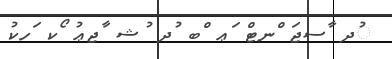
ުދ ާސޖަ ްނޓް ަޢ ްބ ުދ ުޝ ާޖޢު ޯކ ަހކު